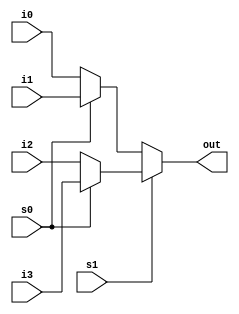
module if_else_4_to_1_mux(
    input wire i0,    // Input signal 0
    input wire i1,    // Input signal 1
    input wire i2,    // Input signal 2
    input wire i3,    // Input signal 3
    input wire s0,    // Select signal 0
    input wire s1,    // Select signal 1
    output reg out    // Output signal
    );

    // 4-to-1 multiplexer using if...else statements
    always @(*) begin
        if (s1) begin
            if (s0)  out = i3;  // When s1 = 1 and s0 = 1, out = i3
            else    out = i2;   // When s1 = 1 and s0 = 0, out = i2
        end else begin
            if (s0)  out = i1;  // When s1 = 0 and s0 = 1, out = i1
            else    out = i0;   // When s1 = 0 and s0 = 0, out = i0
        end
    end

endmodule